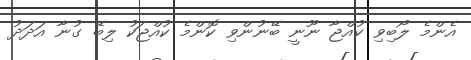
އެންމެ ލޯބިވި ކުއްޖާ ނޫނީ ބޭނުންވި ކޮންމެ ކުއްޖަކު ލިބޭ ގުނާ އަދަދު